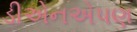
ડીએનએપણ